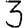
Digit: 3